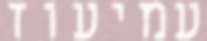
עמיעוז